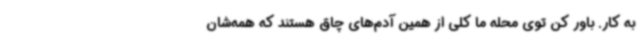
به کار. باور کن توی محله ما کلی از همین آدم‌های چاق هستند که همه‌شان